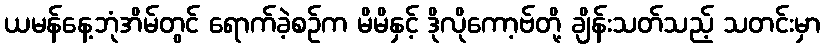
ယမန်နေ့ဘုံအိမ်တွင် ရောက်ခဲ့စဉ်က မိမိနှင့် ဒိုလိုကော့ဗ်တို့ ချိန်းသတ်သည့် သတင်းမှာ